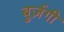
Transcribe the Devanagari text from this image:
बुर्ज़गी